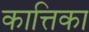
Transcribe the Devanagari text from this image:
कात्तिका